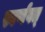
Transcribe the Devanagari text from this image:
स्वर्णवत्